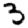
Digit: 3